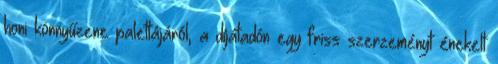
honi könnyűzene palettájáról, a díjátadón egy friss szerzeményt énekelt